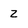
Character: Z